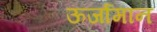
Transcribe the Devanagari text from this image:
ऊर्जामान